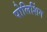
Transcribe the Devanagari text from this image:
पोलिशिंग